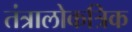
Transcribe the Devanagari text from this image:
तंत्रालोकत्रिक